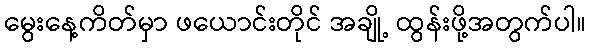
မွေးနေ့ကိတ်မှာ ဖယောင်းတိုင် အချို့ ထွန်းဖို့အတွက်ပါ။